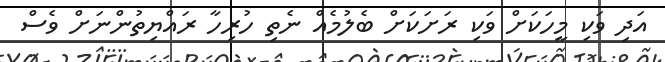
އަދި ވަކި މީހަކަށް ވަކި ރަށަކަށް ބެލުމެއް ނެތި ހުރިހާ ރައްޔިތުންނަށް ވެސް